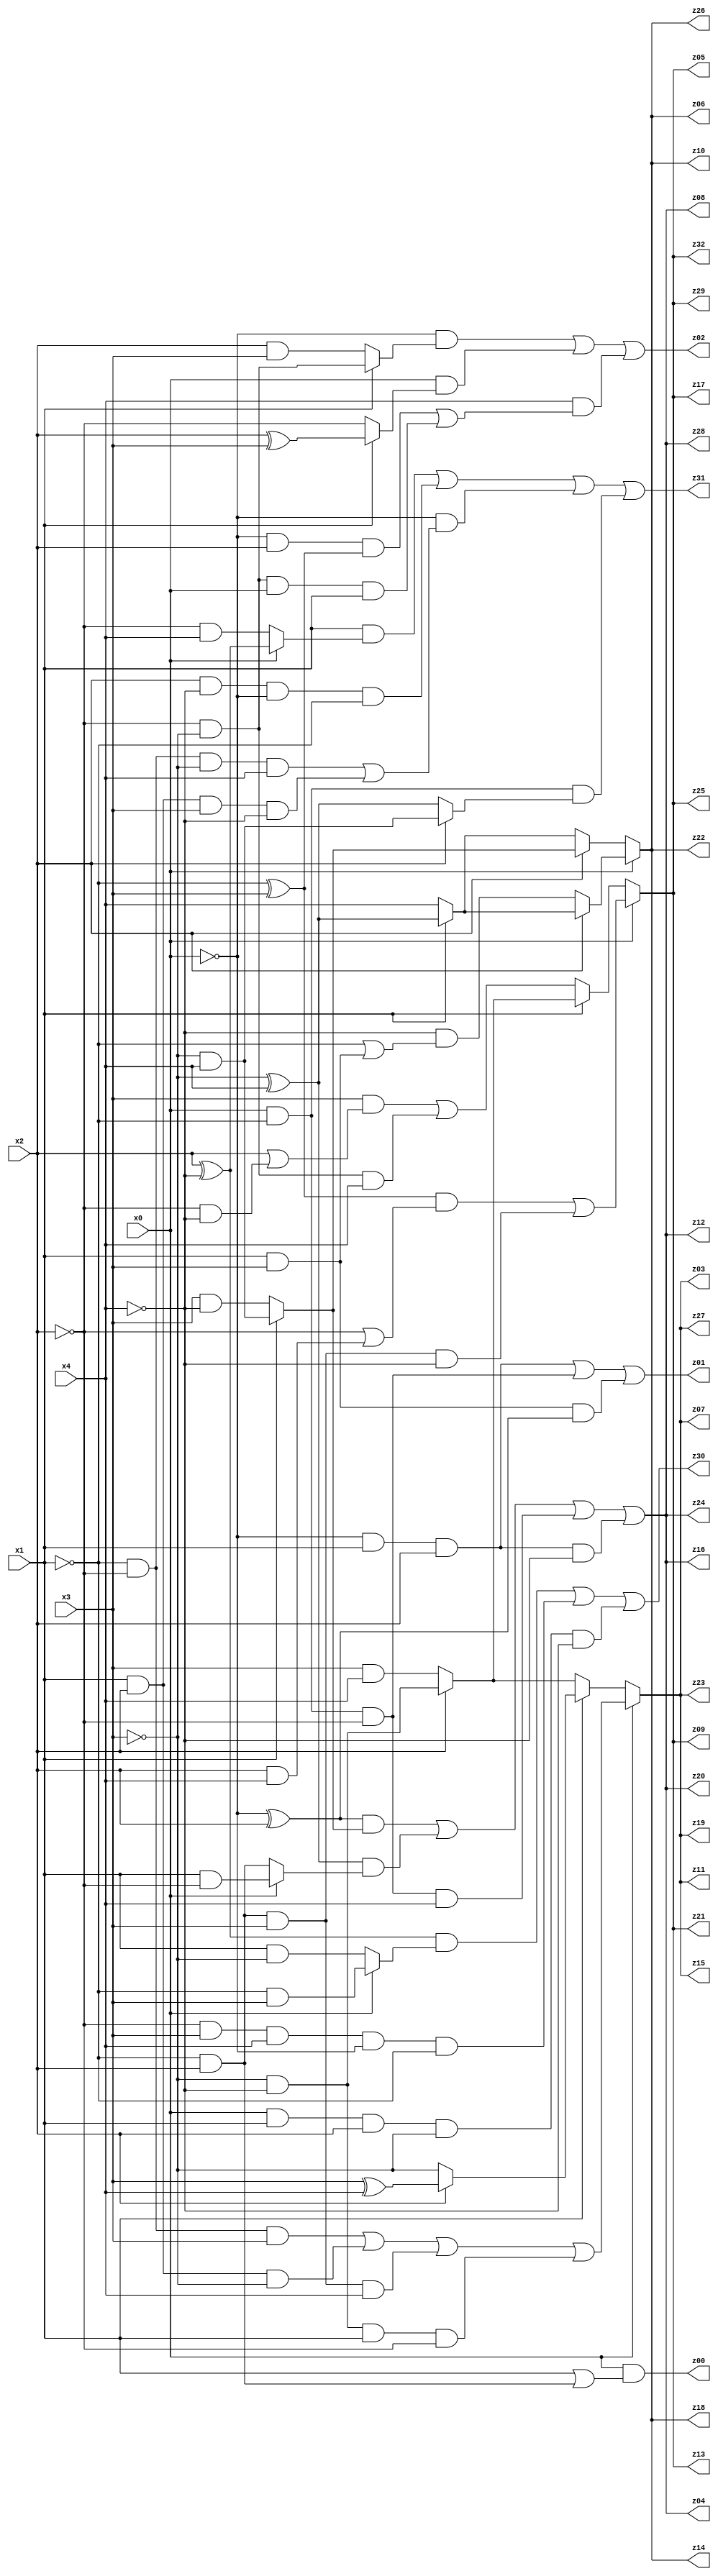
// Benchmark "q_5" written by ABC on Mon Jul 10 22:59:33 2023

module q_5 ( 
    x0, x1, x2, x3, x4,
    z00, z01, z02, z03, z04, z05, z06, z07, z08, z09, z10, z11, z12, z13,
    z14, z15, z16, z17, z18, z19, z20, z21, z22, z23, z24, z25, z26, z27,
    z28, z29, z30, z31, z32  );
  input  x0, x1, x2, x3, x4;
  output z00, z01, z02, z03, z04, z05, z06, z07, z08, z09, z10, z11, z12, z13,
    z14, z15, z16, z17, z18, z19, z20, z21, z22, z23, z24, z25, z26, z27,
    z28, z29, z30, z31, z32;
  assign z00 = x0 & (x1 | (~x1 & x2));
  assign z01 = (~x0 & x1 & x2) | (x0 & ~x1 & ~x2) | (x1 & x3 & (~x0 ^ x2));
  assign z02 = (~x0 & (x1 ? (~x2 & ~x3) : (x2 & x3))) | (x0 & (x1 ? (x2 ^ x3) : ~x2)) | (x4 & ((~x0 & x2 & (~x1 ^ x3)) | (~x2 & ~x3 & x0 & x1)));
  assign z03 = x0 ? ((~x1 & ~x2 & x3) | (x1 & x2 & ~x3) | (~x1 & x2 & x3 & x4) | (~x3 & ~x4 & x1 & ~x2)) : (x1 ? (x2 ? (x3 ^ x4) : ~x3) : (x2 ? (~x3 & ~x4) : (x3 & x4)));
  assign z04 = ((~x0 ^ x2) & (x1 ? (~x3 & x4) : (x3 & ~x4))) | ((~x3 ^ x4) & (x0 ? (x1 & ~x2) : (~x1 & x2))) | (x0 & ~x1 & ~x2 & x4) | (~x0 & x1 & x2 & ~x4);
  assign z05 = x0 ? (((~x1 ^ x3) & (~x2 | (x2 & x4))) | (~x1 & x2 & x3 & ~x4)) : (x1 ? (x2 ? (~x3 & ~x4) : (x3 & x4)) : ((x3 & (x2 | (~x2 & ~x4))) | (~x2 & ~x3 & x4)));
  assign z06 = x0 ? (x2 ? (x1 ? (~x3 ^ x4) : x4) : (~x4 & (~x1 | (x1 & x3)))) : (x2 ? (x1 ? (~x3 & x4) : (x3 & ~x4)) : (x1 ? (~x3 ^ x4) : x4));
  assign z07 = x0 ? ((~x1 & ~x2 & x3) | (x1 & x2 & ~x3) | (~x1 & x2 & x3 & x4) | (~x3 & ~x4 & x1 & ~x2)) : (x1 ? (x2 ? (x3 ^ x4) : ~x3) : (x2 ? (~x3 & ~x4) : (x3 & x4)));
  assign z08 = ((~x0 ^ x2) & (x1 ? (~x3 & x4) : (x3 & ~x4))) | ((~x3 ^ x4) & (x0 ? (x1 & ~x2) : (~x1 & x2))) | (x0 & ~x1 & ~x2 & x4) | (~x0 & x1 & x2 & ~x4);
  assign z09 = x0 ? (((~x1 ^ x3) & (~x2 | (x2 & x4))) | (~x1 & x2 & x3 & ~x4)) : (x1 ? (x2 ? (~x3 & ~x4) : (x3 & x4)) : ((x3 & (x2 | (~x2 & ~x4))) | (~x2 & ~x3 & x4)));
  assign z10 = x0 ? (x2 ? (x1 ? (~x3 ^ x4) : x4) : (~x4 & (~x1 | (x1 & x3)))) : (x2 ? (x1 ? (~x3 & x4) : (x3 & ~x4)) : (x1 ? (~x3 ^ x4) : x4));
  assign z11 = x0 ? ((~x1 & ~x2 & x3) | (x1 & x2 & ~x3) | (~x1 & x2 & x3 & x4) | (~x3 & ~x4 & x1 & ~x2)) : (x1 ? (x2 ? (x3 ^ x4) : ~x3) : (x2 ? (~x3 & ~x4) : (x3 & x4)));
  assign z12 = ((~x0 ^ x2) & (x1 ? (~x3 & x4) : (x3 & ~x4))) | ((~x3 ^ x4) & (x0 ? (x1 & ~x2) : (~x1 & x2))) | (x0 & ~x1 & ~x2 & x4) | (~x0 & x1 & x2 & ~x4);
  assign z13 = x0 ? (((~x1 ^ x3) & (~x2 | (x2 & x4))) | (~x1 & x2 & x3 & ~x4)) : (x1 ? (x2 ? (~x3 & ~x4) : (x3 & x4)) : ((x3 & (x2 | (~x2 & ~x4))) | (~x2 & ~x3 & x4)));
  assign z14 = x0 ? (x2 ? (x1 ? (~x3 ^ x4) : x4) : (~x4 & (~x1 | (x1 & x3)))) : (x2 ? (x1 ? (~x3 & x4) : (x3 & ~x4)) : (x1 ? (~x3 ^ x4) : x4));
  assign z15 = x0 ? ((~x1 & ~x2 & x3) | (x1 & x2 & ~x3) | (~x1 & x2 & x3 & x4) | (~x3 & ~x4 & x1 & ~x2)) : (x1 ? (x2 ? (x3 ^ x4) : ~x3) : (x2 ? (~x3 & ~x4) : (x3 & x4)));
  assign z16 = ((~x0 ^ x2) & (x1 ? (~x3 & x4) : (x3 & ~x4))) | ((~x3 ^ x4) & (x0 ? (x1 & ~x2) : (~x1 & x2))) | (x0 & ~x1 & ~x2 & x4) | (~x0 & x1 & x2 & ~x4);
  assign z17 = x0 ? (((~x1 ^ x3) & (~x2 | (x2 & x4))) | (~x1 & x2 & x3 & ~x4)) : (x1 ? (x2 ? (~x3 & ~x4) : (x3 & x4)) : ((x3 & (x2 | (~x2 & ~x4))) | (~x2 & ~x3 & x4)));
  assign z18 = x0 ? (x2 ? (x1 ? (~x3 ^ x4) : x4) : (~x4 & (~x1 | (x1 & x3)))) : (x2 ? (x1 ? (~x3 & x4) : (x3 & ~x4)) : (x1 ? (~x3 ^ x4) : x4));
  assign z19 = x0 ? ((~x1 & ~x2 & x3) | (x1 & x2 & ~x3) | (~x1 & x2 & x3 & x4) | (~x3 & ~x4 & x1 & ~x2)) : (x1 ? (x2 ? (x3 ^ x4) : ~x3) : (x2 ? (~x3 & ~x4) : (x3 & x4)));
  assign z20 = ((~x0 ^ x2) & (x1 ? (~x3 & x4) : (x3 & ~x4))) | ((~x3 ^ x4) & (x0 ? (x1 & ~x2) : (~x1 & x2))) | (x0 & ~x1 & ~x2 & x4) | (~x0 & x1 & x2 & ~x4);
  assign z21 = x0 ? (((~x1 ^ x3) & (~x2 | (x2 & x4))) | (~x1 & x2 & x3 & ~x4)) : (x1 ? (x2 ? (~x3 & ~x4) : (x3 & x4)) : ((x3 & (x2 | (~x2 & ~x4))) | (~x2 & ~x3 & x4)));
  assign z22 = x0 ? (x2 ? (x1 ? (~x3 ^ x4) : x4) : (~x4 & (~x1 | (x1 & x3)))) : (x2 ? (x1 ? (~x3 & x4) : (x3 & ~x4)) : (x1 ? (~x3 ^ x4) : x4));
  assign z23 = x0 ? ((~x1 & ~x2 & x3) | (x1 & x2 & ~x3) | (~x1 & x2 & x3 & x4) | (~x3 & ~x4 & x1 & ~x2)) : (x1 ? (x2 ? (x3 ^ x4) : ~x3) : (x2 ? (~x3 & ~x4) : (x3 & x4)));
  assign z24 = ((~x0 ^ x2) & (x1 ? (~x3 & x4) : (x3 & ~x4))) | ((~x3 ^ x4) & (x0 ? (x1 & ~x2) : (~x1 & x2))) | (x0 & ~x1 & ~x2 & x4) | (~x0 & x1 & x2 & ~x4);
  assign z25 = x0 ? (((~x1 ^ x3) & (~x2 | (x2 & x4))) | (~x1 & x2 & x3 & ~x4)) : (x1 ? (x2 ? (~x3 & ~x4) : (x3 & x4)) : ((x3 & (x2 | (~x2 & ~x4))) | (~x2 & ~x3 & x4)));
  assign z26 = x0 ? (x2 ? (x1 ? (~x3 ^ x4) : x4) : (~x4 & (~x1 | (x1 & x3)))) : (x2 ? (x1 ? (~x3 & x4) : (x3 & ~x4)) : (x1 ? (~x3 ^ x4) : x4));
  assign z27 = x0 ? ((~x1 & ~x2 & x3) | (x1 & x2 & ~x3) | (~x1 & x2 & x3 & x4) | (~x3 & ~x4 & x1 & ~x2)) : (x1 ? (x2 ? (x3 ^ x4) : ~x3) : (x2 ? (~x3 & ~x4) : (x3 & x4)));
  assign z28 = ((~x0 ^ x2) & (x1 ? (~x3 & x4) : (x3 & ~x4))) | ((~x3 ^ x4) & (x0 ? (x1 & ~x2) : (~x1 & x2))) | (x0 & ~x1 & ~x2 & x4) | (~x0 & x1 & x2 & ~x4);
  assign z29 = x0 ? (((~x1 ^ x3) & (~x2 | (x2 & x4))) | (~x1 & x2 & x3 & ~x4)) : (x1 ? (x2 ? (~x3 & ~x4) : (x3 & x4)) : ((x3 & (x2 | (~x2 & ~x4))) | (~x2 & ~x3 & x4)));
  assign z30 = ((x2 ^ ~x4) & (x0 ? (~x1 & x3) : (x1 & ~x3))) | (~x2 & x3 & x4 & ~x0 & ~x1) | (x0 & x1 & x2 & ~x3 & ~x4);
  assign z31 = (x1 & (x0 ? (x2 ^ ~x4) : (~x2 & x4))) | (x2 & ~x4 & ~x0 & ~x1) | (~x0 & ((~x1 & ~x2 & ~x3 & x4) | (x1 & x2 & x3 & ~x4))) | (x0 & ~x1 & (x2 ? (~x3 & x4) : (~x3 ^ x4)));
  assign z32 = x0 ? (((~x1 ^ x3) & (~x2 | (x2 & x4))) | (~x1 & x2 & x3 & ~x4)) : (x1 ? (x2 ? (~x3 & ~x4) : (x3 & x4)) : ((x3 & (x2 | (~x2 & ~x4))) | (~x2 & ~x3 & x4)));
endmodule